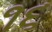
૧૬